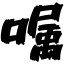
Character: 嘱